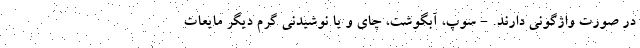
در صورت واژگونی دارند. - سوپ، آبگوشت، چای و یا نوشیدنی گرم دیگر مایعات